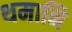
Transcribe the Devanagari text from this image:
थमानि